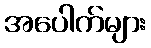
အပေါက်များ